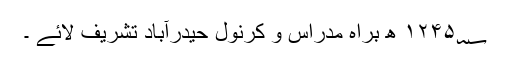
۱۲۴۵؁ ھ براہ مدراس و کرنول حیدرآباد تشریف لائے ۔